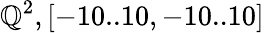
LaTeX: \mathbb{Q}^{2},[-10..10,-10..10]